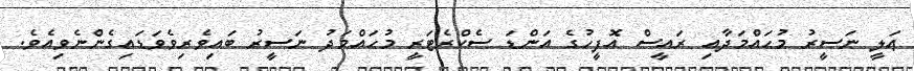
ޢަލީ ނަސީރު މުޙައްމަދާއި ރައީސް އޮފީހުގެ އަންޑަ ސެކްރެޓަރީ މުޙައްމަދު ނަސީރު ބައިވެރިވެވަޑައިގެންނެވިއެވެ.